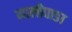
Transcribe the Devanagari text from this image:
मालीवाङा